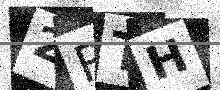
Text: 2RTH